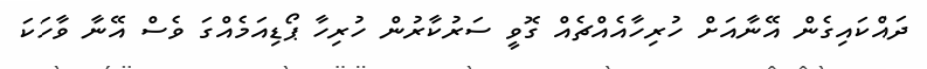
ދައްކައިގެން އޭނާއަށް ހުރިހާއެއްޗެއް ގޮވީ ސަރުކާރުން ހުރިހާ ޕޯޑިއަމެއްގަ ވެސް އޭނާ ވާހަކަ